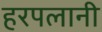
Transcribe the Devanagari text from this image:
हरपलानी